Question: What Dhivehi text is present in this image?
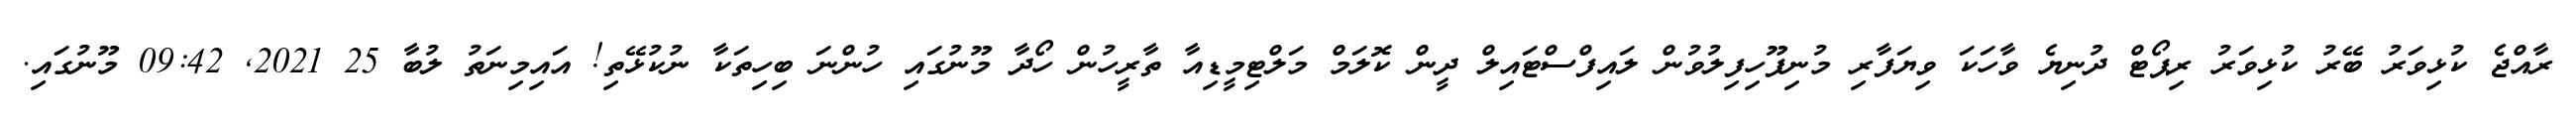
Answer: ރާއްޖެ ކުޅިވަރު ބޭރު ކުޅިވަރު ރިޕޯޓް ދުނިޔެ ވާހަކަ ވިޔަފާރި މުނިފޫހިފިލުވުން ލައިފްސްޓައިލް ދީން ކޮލަމް މަލްޓިމީޑިއާ ތާރީހުން ހޯދާ މޫނުގައި ހުންނަ ބިހިތަކާ ނުކުޅޭތި! އައިމިނަތު ލުބާ 25 2021, 09:42 މޫނުގައި.